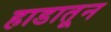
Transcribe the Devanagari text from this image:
हाडातून